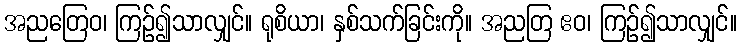
အညတြေဝ၊ ကြဉ်၍သာလျှင်။ ရုစိယာ၊ နှစ်သက်ခြင်းကို။ အညတြ ဧဝ၊ ကြဉ်၍သာလျှင်။